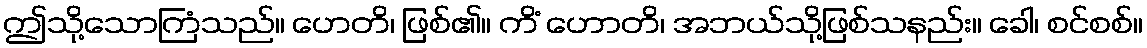
ဤသို့သောကြံသည်။ ဟေတိ၊ ဖြစ်၏။ ကိံ ဟောတိ၊ အဘယ်သို့ဖြစ်သနည်း။ ခေါ၊ စင်စစ်။